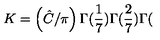
K = \left( \hat { C } / \pi \right) \Gamma ( \frac { 1 } { 7 } ) \Gamma ( \frac { 2 } { 7 } ) \Gamma (